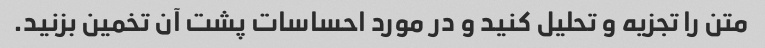
متن را تجزیه و تحلیل کنید و در مورد احساسات پشت آن تخمین بزنید.